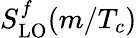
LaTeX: S_{\mathrm{LO}}^{f}(m/T_{c})